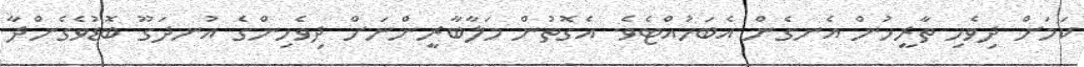
ކަމަށް ދިވެހި ތާރީޚުން އެނގެން އެބަހުއްޓެވެ. އެގޮތުން މަލާބާރީންނަށް ދިވެހިންގެ އުނދަގޫ ބޮޑުވެގެންދާ